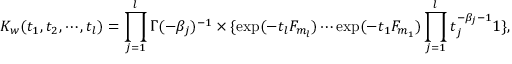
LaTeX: K _ { w } ( t _ { 1 } , t _ { 2 } , \cdots , t _ { l } ) = \prod _ { j = 1 } ^ { l } \Gamma ( - \beta _ { j } ) ^ { - 1 } \times \{ \exp ( - t _ { l } F _ { m _ { l } } ) \cdots \exp ( - t _ { 1 } F _ { m _ { 1 } } ) \prod _ { j = 1 } ^ { l } t _ { j } ^ { - \beta _ { j } - 1 } 1 \} ,